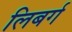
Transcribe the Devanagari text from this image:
लिबर्ग